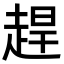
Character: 趕